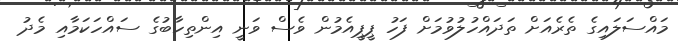
މައްސަލައިގެ ތެރެއަށް ތަދައްހުލުވުމަށް ފަހު ޕީޕީއެމުން ވެސް ވަނީ އިންތިހާބުގެ ސައްހަކަމާއި މެދު